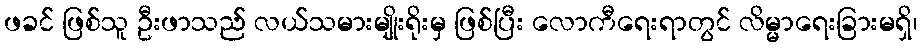
ဖခင် ဖြစ်သူ ဦးဖာသည် လယ်သမားမျိုးရိုးမှ ဖြစ်ပြီး လောကီရေးရာတွင် လိမ္မာရေးခြားမရှိ၊